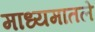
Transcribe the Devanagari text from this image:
माध्यमातले